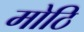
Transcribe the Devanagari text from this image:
मोठि